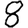
Digit: 8